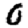
Digit: 0